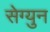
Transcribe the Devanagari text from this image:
सेग्युन